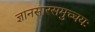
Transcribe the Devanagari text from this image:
ज्ञानसारसमुच्चयः